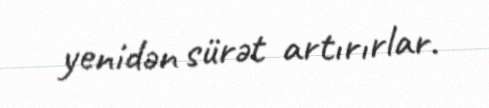
yenidən sürət artırırlar.